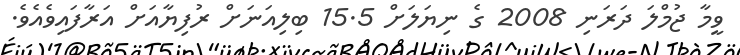
ވީމާ ޖުމްލަ ދަރަނި 2008 ގެ ނިޔަލަށް 15.5 ބިލިއަނަށް ރުފިޔާއަށް އަރާފައިވެއެވެ.